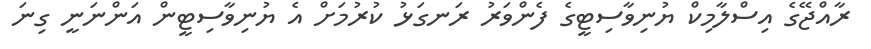
ރާއްޖޭގެ އިސްލާމިކް ޔުނިވާސިޓީގެ ފެންވަރު ރަނގަޅު ކުރުމަށް އެ ޔުނިވާސިޓީން އަންނަނީ ގިނަ